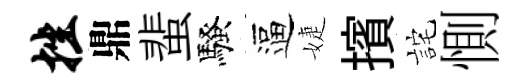
挫鼎蜚騷逼婕擯詫惻